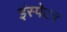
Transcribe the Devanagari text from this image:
इंस्पेटर